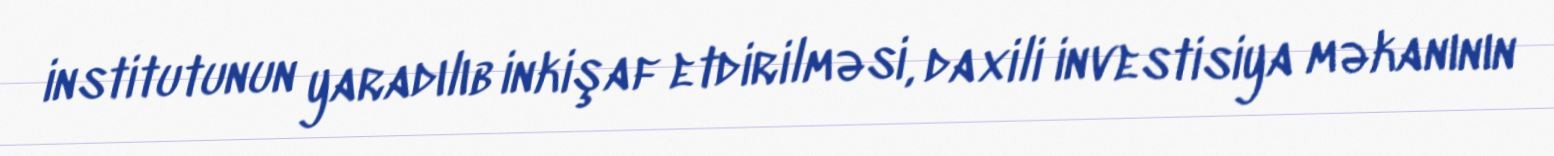
institutunun yaradılıb inkişaf etdirilməsi, daxili investisiya məkanının